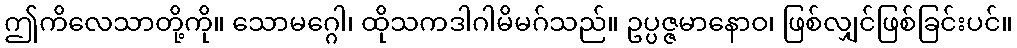
ဤကိလေသာတို့ကို။ သောမဂ္ဂေါ၊ ထိုသကဒါဂါမိမဂ်သည်။ ဥပ္ပဇ္ဇမာနောဝ၊ ဖြစ်လျှင်ဖြစ်ခြင်းပင်။